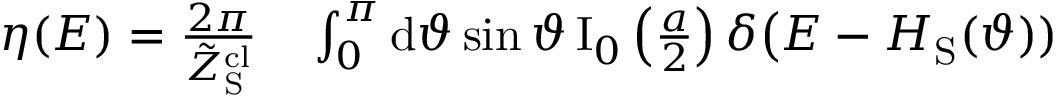
\begin{array} { r l } { \eta ( E ) = \frac { 2 \pi } { \tilde { Z } _ { \mathrm { S } } ^ { \mathrm { c l } } } } & { { } \int _ { 0 } ^ { \pi } \mathrm { d } \vartheta \sin \vartheta \, \mathrm { I } _ { 0 } \left( \frac { a } { 2 } \right) \delta \big ( E - H _ { \mathrm { S } } ( \vartheta ) ) } \end{array}